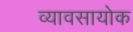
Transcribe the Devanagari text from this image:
व्यावसायोक